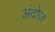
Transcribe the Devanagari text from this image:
अंदोज़